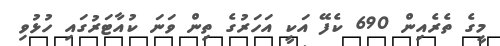
މީގެ ތެރެއިން 690 ކެފޭ އަކީ އަހަރުގެ ތިން ވަނަ ކުއާޓަރުގައި ހުޅުވި